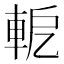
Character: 軶